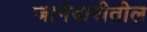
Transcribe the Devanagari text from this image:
जानेवारीतील